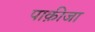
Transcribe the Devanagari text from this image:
पाक़ीजा